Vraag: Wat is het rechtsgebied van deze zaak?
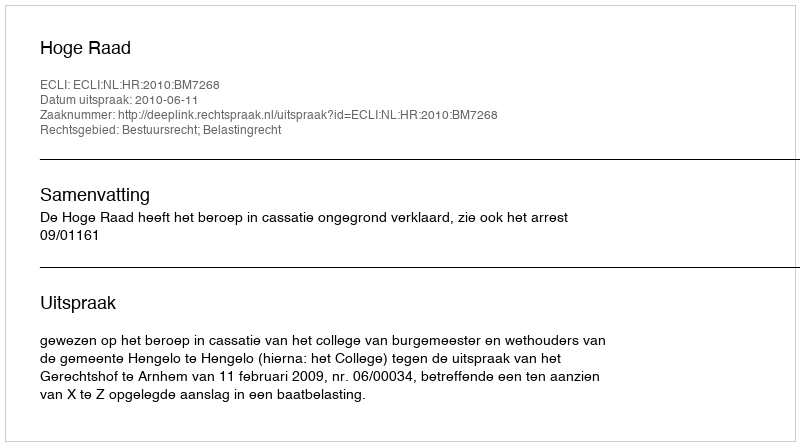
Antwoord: Bestuursrecht; Belastingrecht